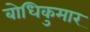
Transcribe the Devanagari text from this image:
बोधिकुमार